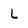
Character: L